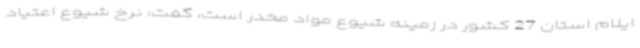
ایلام استان 27 کشور در زمینه شیوع مواد مخدر است، گفت: نرخ شیوع اعتیاد